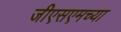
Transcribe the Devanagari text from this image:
जीएसएमच्या